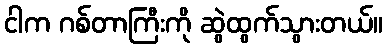
ငါက ဂစ်တာကြီးကို ဆွဲထွက်သွားတယ်။